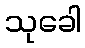
သုခေါ